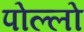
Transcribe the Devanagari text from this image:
पोल्लो